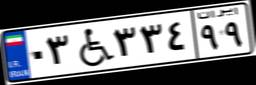
۶۱W۹۴۸۱۹